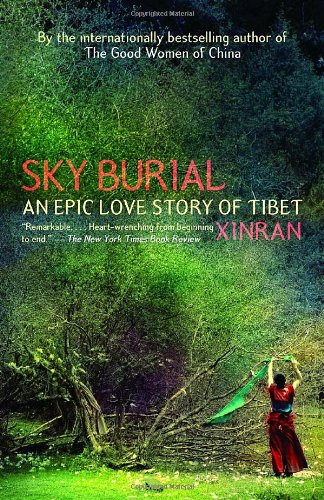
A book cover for Sky Burial: An Epic Love Story of Tibet; Xinran Xinran; Travel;